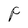
Character: P